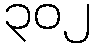
၃၀၂